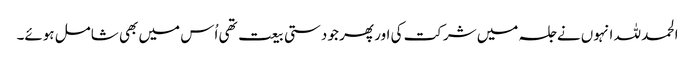
الحمد للہ انہوں نے جلسہ میں شرکت کی اور پھر جو دستی بیعت تھی اُس میں بھی شامل ہوئے۔